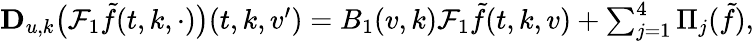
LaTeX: \begin{array}{r}{\mathbf{D}_{u,k}\big(\mathcal{F}_{1}\tilde{f}(t,k,\cdot)\big)(t,k,v^{\prime})=B_{1}(v,k)\mathcal{F}_{1}\tilde{f}(t,k,v)+\sum_{j=1}^{4}\Pi_{j}(\tilde{f}),}\end{array}